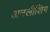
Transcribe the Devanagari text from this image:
अनलीशिंग